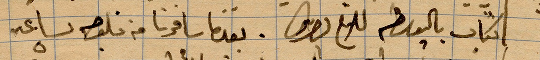
كتاب بالوسطة .... بعدها سافرنا من فلوجة الساعة ٨